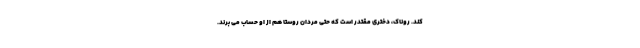
کند. روناک، دختری مقتدر است که حتی مردان روستا هم از او حساب می برند.